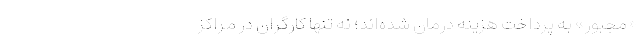
«مجبور» به پرداختِ هزینه درمان شده‌اند؛ نه تنها کارگران در مراکز